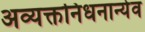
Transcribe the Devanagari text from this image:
अव्यक्तनिधनान्येव